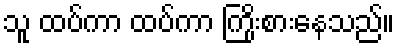
သူ ထပ်ကာ ထပ်ကာ ကြိုးစားနေသည်။